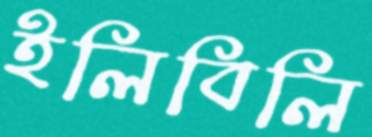
ইলিবিলি